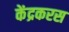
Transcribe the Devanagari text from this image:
केंद्रकरस